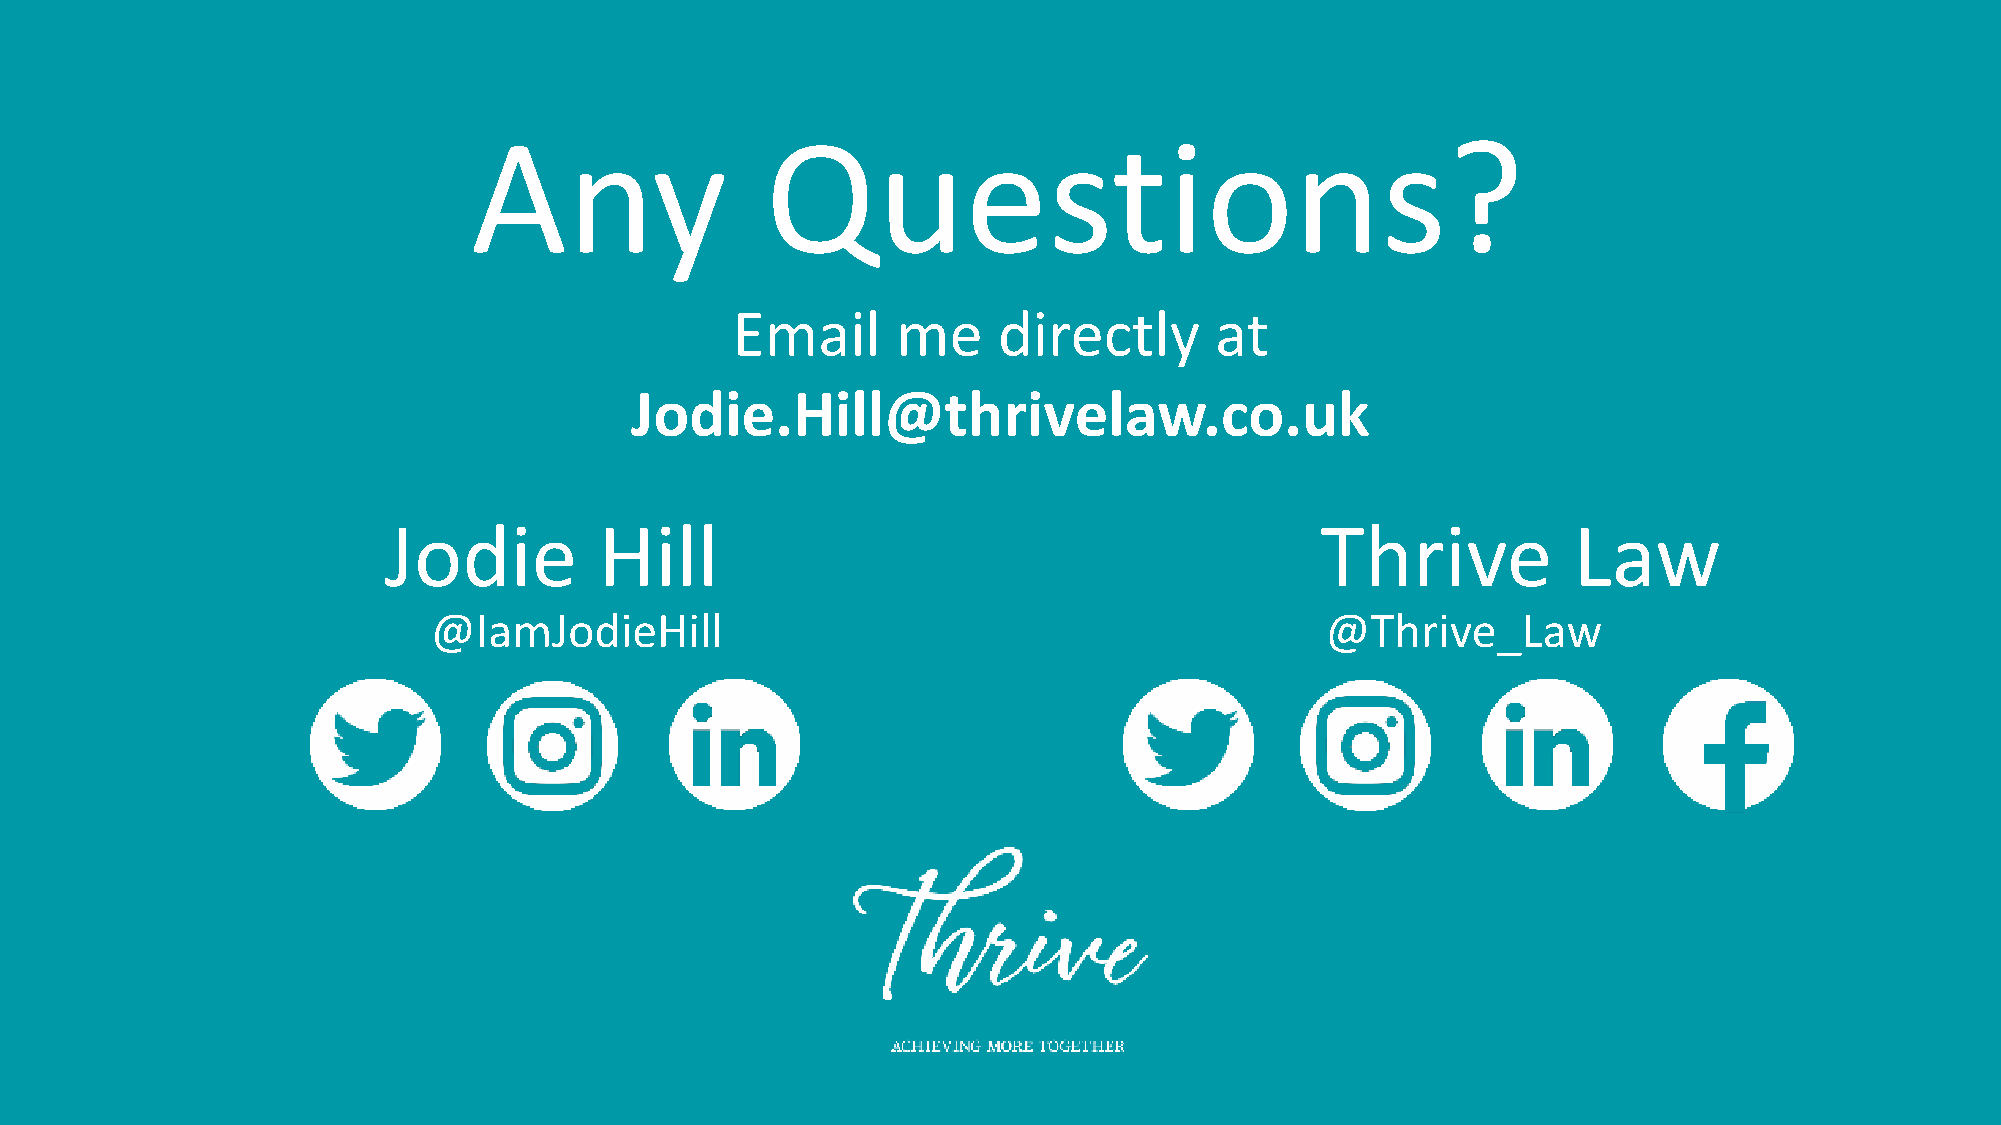
Any                 Questions?
 Email      me     directly      at
 Jodie.Hill@thrivelaw.co.uk
 Jodie          Hill                                           Thrive           Law
 @IamJodieHill                                              @Thrive_Law